King Institute of Preventive Medicine Bacteriolog. Section reports 1907-08
Year: 1907
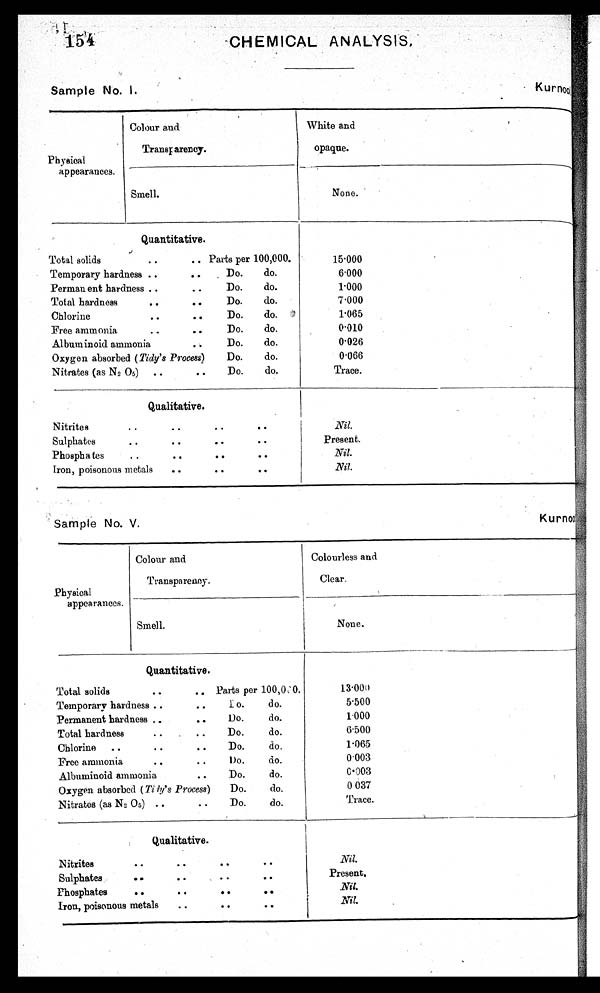
Sample No. I
Kurnool.
Physical
appearances.
Colour and
Transparency.
White and
opaque.
Smell.
None.
Quantitative .
Total solids
. . ..
Temporary hardness ....
Permanent hardness ..
..
Total hardness
. . . .
Chlorine.. . .
Free ammonia
. . . .
Albuminoid ammonia,
..
Oxygen absorbed (Tidy's Process)
Nitrates (as N2 05) ..
..
Parts per 100,000.
Do.
do.
Do.
do.
Do.
do.
Do.
do.
Do.
do.
Do.
do.
Do.
do.
Do.
do.
15.000
6.000
1 . 0 0 0
7.000
1.065
0.010
0.026
0.066
Trace.
Qualitative .
Nitrites
..
. .
Sulphates
. . . .
Phosphates
..
. .
Iron, poisonous metals
. .
. . . .
..
. . I
. . . .
. . . .
Nil.
Present.
Nil.
Nil.
Sample No. V.
K u r n o o
Physical
appearances.
Colour and
Transparency.
Colourless and
Clear.
—
Smell.
None.
Quantitative .
. .
Total solids..
Temporary hardness ..
. .
Permanent hardness ..
. .
Total hardness .. . .
Chlorine ..
. .
Free ammonia
..
. .
Albuminoid ammonia
..
Oxygen absorbed (Ti ty 's Process)
Nitrates (as N2 0 5) ..
. .
A
Parts per 100,0.
t o.
do.
1)0.
do.
Do.
do.
Do.
do.
Do.
do.
Do.
do.
Do.
do.
Do.
do.
13.000
5.500
1000
6500
P065
0.003
C.003
0 037
Trace.
:
Qualitative.
Nitrites
..
..
Sulphates
.. . .
Phosphates
..
..
Iron, poisonous metals
..
..
. .
. o . .
. .
. .
. . . .
Nil.
Present.
Nil.
Nil.
.
;. ,